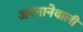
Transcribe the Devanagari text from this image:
अपनानेवाली